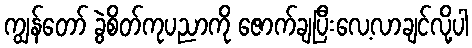
ကျွန်တော် ခွဲစိတ်ကုပညာကို ဇောက်ချပြီးလေ့လာချင်လို့ပါ